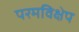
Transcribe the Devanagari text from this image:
परमविक्षेप